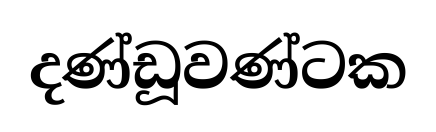
දණ්ඩූවණ්ටක